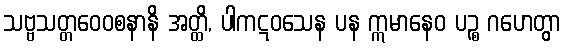
သဗ္ဗသတ္တဝေဝစနာနိ အတ္ထိ, ပါကဋဝသေန ပန ဣမာနေဝ ပဉ္စ ဂဟေတွာ